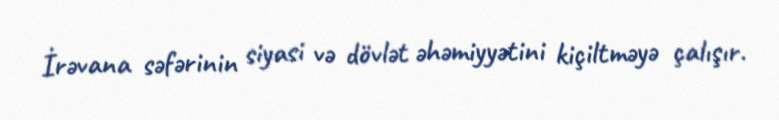
İrəvana səfərinin siyasi və dövlət əhəmiyyətini kiçiltməyə çalışır.